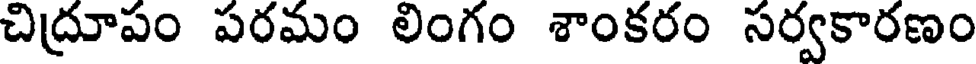
చిద్రూపం పరమం లింగం శాంకరం సర్వకారణం